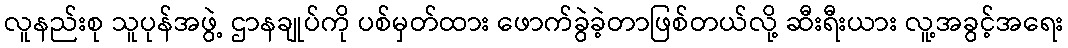
လူနည်းစု သူပုန်အဖွဲ့ ဌာနချုပ်ကို ပစ်မှတ်ထား ဖောက်ခွဲခဲ့တာဖြစ်တယ်လို့ ဆီးရီးယား လူ့အခွင့်အရေး